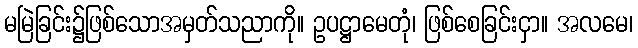
မမြဲခြင်း၌ဖြစ်သောအမှတ်သညာကို။ ဥပဋ္ဌာမေတုံ၊ ဖြစ်စေခြင်းငှာ။ အလမေ၊